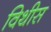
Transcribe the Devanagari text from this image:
विथीस